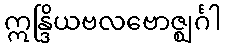
ဣန္ဒြိယဗလဗောဇ္ဈင်္ဂါ